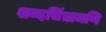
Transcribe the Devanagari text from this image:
शब्दचिंतामणि